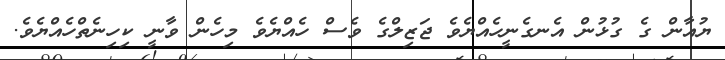
ޔުއާން ގެ ގުޅުން އެނގެނީހެއްޔެވެ ޖަޒިލްގެ ވެސް ހެއްޔެވެ މިހެން ވާނީ ކިހިނެތްހެއްޔެވެ.